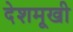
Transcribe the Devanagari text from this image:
देशमूखी